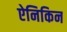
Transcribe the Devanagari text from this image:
ऐनिकिन